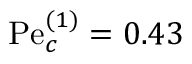
\mathrm { P e } _ { c } ^ { ( 1 ) } = 0 . 4 3